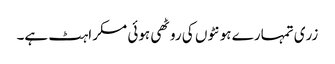
زری تمہارے ہونٹوں کی روٹھی ہوئی مسکراہٹ ہے۔